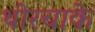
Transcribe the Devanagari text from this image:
थोरचाके